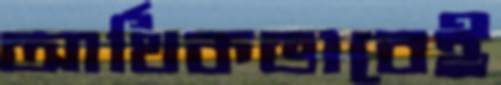
আর্থিকভাবেই